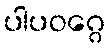
ပါပဝဂ္ဂေ